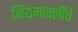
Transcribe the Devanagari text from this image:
नियमावलींचे